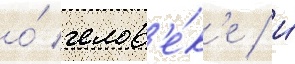
о́ челов'е́к'е / и́